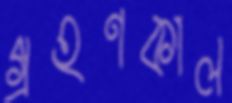
গ্রহণকাল